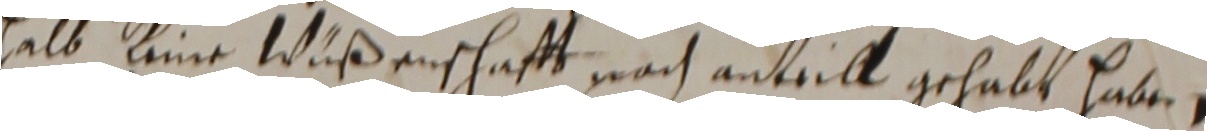
halbb sine wuß enschafft nach anteill gehabt habe,